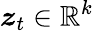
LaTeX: \boldsymbol{z}_{t}\in\mathbb{R}^{k}